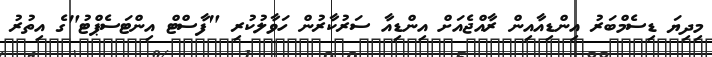
މިދިޔަ ޑިސެމްބަރު އިންޑިއާއިން ރާއްޖެއަށް އިންޑިއާ ސަރުކާރުން ހަވާލުކުރި "ފާސްޓް އިންޓަސެޕްޓު"ގެ އިތުރު